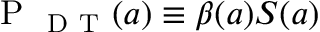
\mathrm { ~ P ~ } _ { \mathrm { ~ D ~ T ~ } } ( a ) \equiv \beta ( a ) S ( a )